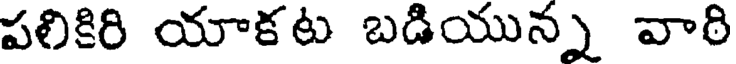
పలికిరి యాకట బడియున్న వారి